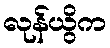
လုန်ယွိက